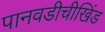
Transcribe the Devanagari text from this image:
पानवडीचीखिंड